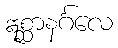
ဣစ္ဆာနင်္ဂလေ